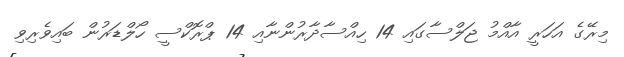
މިރޭގެ އަހަރީ އާއްމު ޖަލްސާގައި 14 ހިއްސާދާރުންނާއި 14 ޕްރޮކްސީ ހޯލްޑަރުން ބައިވެރިވި